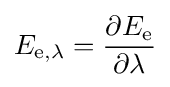
E_{\mathrm {e} ,\lambda }={\frac {\partial E_{\mathrm {e} }}{\partial \lambda }}